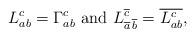
LaTeX: \begin{align*}L^c_{ab}=\Gamma^c_{ab}\,\,{\rm and}\,\,L^{\overline{c}}_{\overline{a}\,\overline{b}}=\overline{L^c_{ab}},\end{align*}